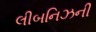
લીબનિઝની